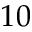
1 0